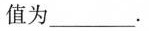
值为___.